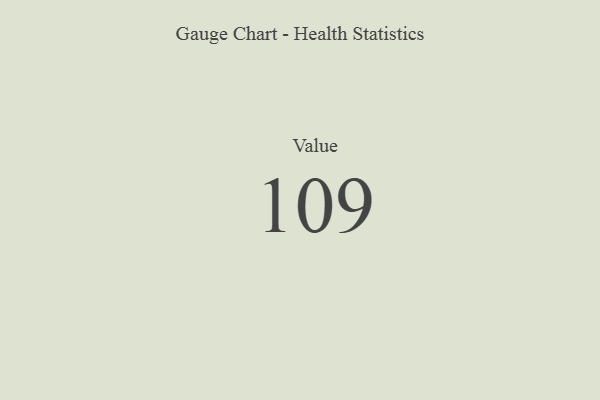
{"axis": {"x": "Metric", "y": "Value"}, "legend": [""], "data": [{"x": "Value", "y": 109, "type": ""}]}